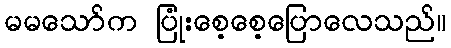
မမသော်က ပြုံးစေ့စေ့ပြောလေသည်။